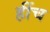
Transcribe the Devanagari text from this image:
हींच